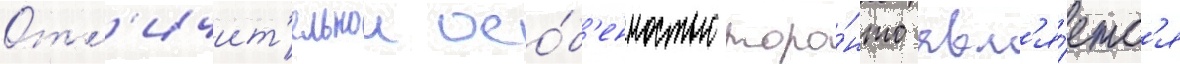
Отл'ичит'ельнои осо́б'енностью торо́нто явл'я́етс'я